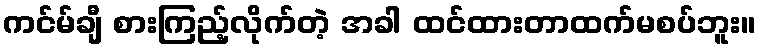
ကင်မ်ချီ စားကြည့်လိုက်တဲ့ အခါ ထင်ထားတာထက်မစပ်ဘူး။